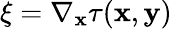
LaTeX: \mathbf{\xi}=\nabla_{\mathbf{x}}\tau(\mathbf{x},\mathbf{y})